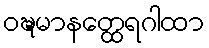
ဝဍ္ဎမာနတ္ထေရဂါထာ